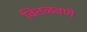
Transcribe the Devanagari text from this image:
वितळवणे